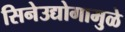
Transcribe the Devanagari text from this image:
सिनेउद्योगामुळे